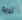
تريد